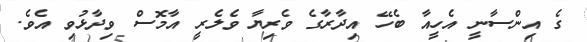
ގެ އިންސާނީ އެހީއާ ބެހޭ އިދާރާގެ ވެރިޔާ ވެލެރީ އާމޮސް ވިދާޅުވި އެވެ.